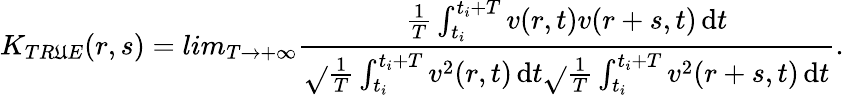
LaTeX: K_{TR\mathfrak{U}E}(r,s)=lim_{T\rightarrow+\infty}\frac{{\frac{{1}}{{T}}\int_{t_{i}}^{t_{i}+T}v(r,t)v(r+s,t)\mathop{}\! \mathrm{{d}}t}}{{\sqrt{}{{\frac{{1}}{{T}}\int_{t_{i}}^{t_{i}+T}v^{2}(r,t)\mathop{}\! \mathrm{{d}}t}}\sqrt{}{{\frac{{1}}{{T}}\int_{t_{i}}^{t_{i}+T}v^{2}(r+s,t)\mathop{}\! \mathrm{{d}}t}}}}.